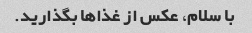
با سلام، عکس از غذاها بگذارید.